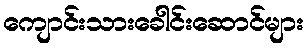
ကျောင်းသားခေါင်းဆောင်များ